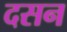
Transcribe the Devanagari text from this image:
दसन